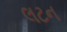
લટન